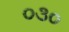
૦૩૦